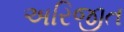
અરિજીત